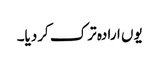
یوں ارادہ ترک کردیا۔